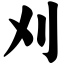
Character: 刈